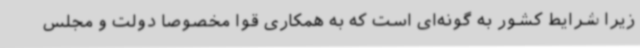
زیرا شرایط کشور به گونه‌ای است که به همکاری قوا مخصوصا دولت و مجلس